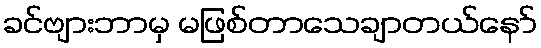
ခင်ဗျားဘာမှ မဖြစ်တာသေချာတယ်နော်